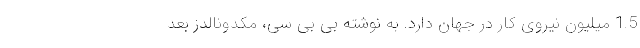
1.5 میلیون نیروی کار در جهان دارد. به نوشته بی بی سی، مکدونالدز بعد